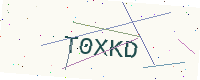
Text: T0XKD